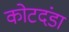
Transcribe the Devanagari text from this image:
कोटदंडा